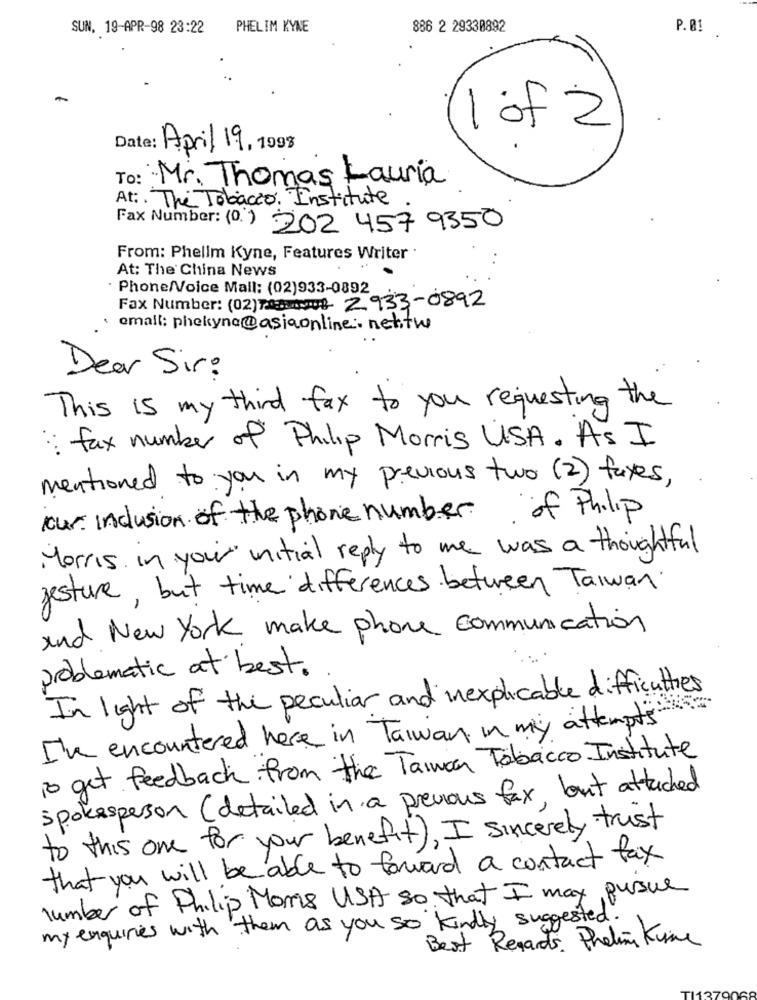
SUN, 19-APR-98 23:22
PHELIM KYNE
886 2 29330892
P. 01
1 of 2
Date: April 19, 1998
To: Mr. Thomas Lauria
At :. The Tobacco. Institute
Fax Number: (0.) 202 457 9350
From: Phellm Kyne, Features Writer .
At: The China News
Phone/Voice Mail: (02)933-0892
Fax Number: (02)708:0008 2933-0892
email: phekyna@asiaonline :. net.twe
Dear Sir:
This is my third fax to you requesting the
: fax number of Philip Morris USA. As I
mentioned to you in my previous two (2) faxes,
our: inclusion of the phone number of Philip
Morris in your initial reply to me was a thoughtful
gesture, but time differences between Taiwan.
and New York make phone communication
problematic at best.
In light of the peculiar and inexplicable difficulties
I've encountered here in Taiwan in my attempts
to get feedback from the Taiwan Tobacco Institute
spokesperson (detailed in a previous fax, lout attached
to this one for your benefit), I sincerely trust
that you will be able to forward a contact fax
number of Philip Moms USA so that I may pursue
my enquiries with them as you so kindly suggested.
Best Regards. Phelimi Kunne